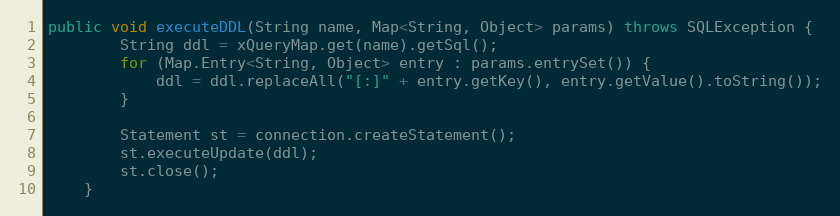
Language: Java
public void executeDDL(String name, Map<String, Object> params) throws SQLException {
		String ddl = xQueryMap.get(name).getSql();
		for (Map.Entry<String, Object> entry : params.entrySet()) {
			ddl = ddl.replaceAll("[:]" + entry.getKey(), entry.getValue().toString());
		}

		Statement st = connection.createStatement();
		st.executeUpdate(ddl);
		st.close();
	}